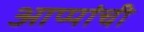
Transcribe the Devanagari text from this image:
आप्पांची